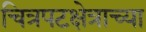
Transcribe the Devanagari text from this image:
चित्रपटक्षेत्राच्या